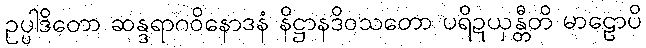
ဥပ္ပါဒိတော ဆန္ဒရာဂဝိနောဒနံ နိဋ္ဌာနဒိဝသတော ပရိဍယှန္တီတိ မာဠောပိ